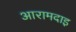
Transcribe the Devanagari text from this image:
आरामदाइ